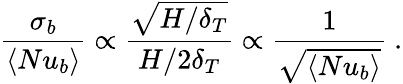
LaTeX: \frac{\sigma_{b}}{\langle Nu_{b}\rangle}\propto\frac{\sqrt{H/\delta_{T}}}{H/2\delta_{T}}\propto\frac{1}{\sqrt{\langle Nu_{b}\rangle}}~.